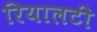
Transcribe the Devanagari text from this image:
रियालटी